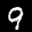
Label: 9